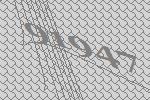
91947